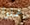
عملوا